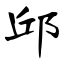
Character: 邱